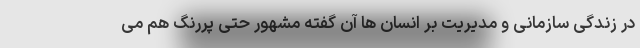
در زندگی سازمانی و مدیریت بر انسان ها آن گفته مشهور حتی پررنگ هم می